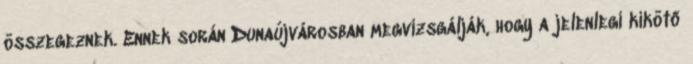
összegeznek. Ennek során Dunaújvárosban megvizsgálják, hogy a jelenlegi kikötő